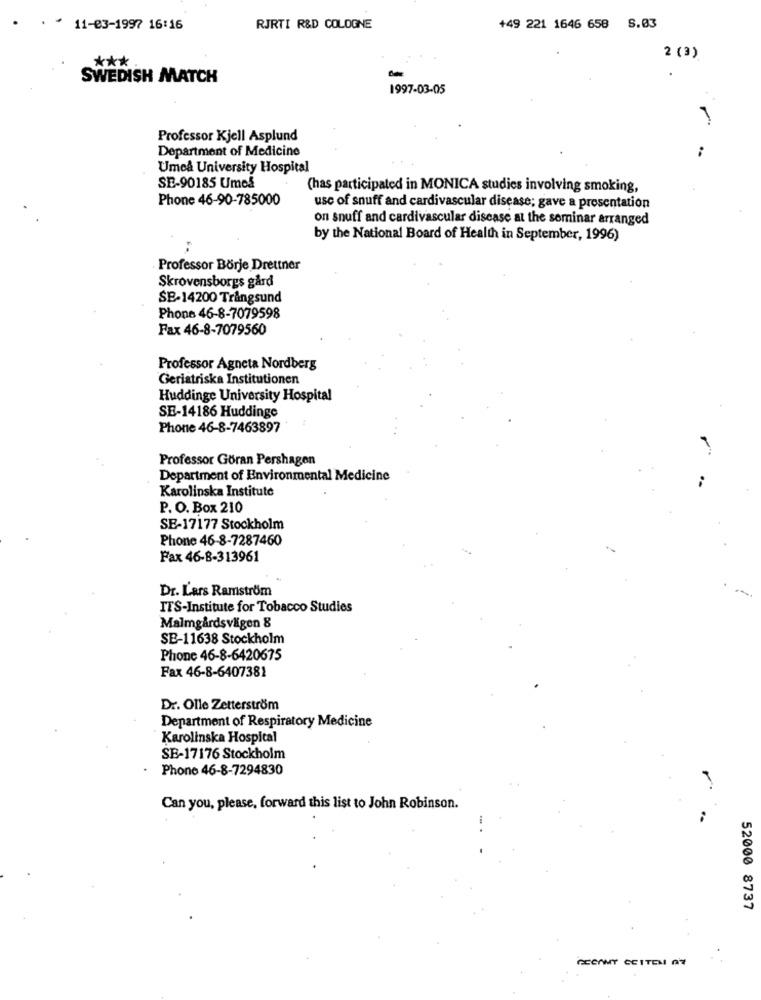
11-03-1997 16:16
RJRTI R&D COLOGNE
+49 221 1646 658 8.03
***
2 (3)
SWEDISH MATCH
1997-03-05
Professor Kjell Asplund
Department of Medicine
..
Umeå University Hospital
SE-90185 Ume&
(has participated in MONICA studies involving smoking,
Phone 46-90-785000
use of snuff and cardivascular disease; gave a presentation
on snuff and cardivascular disease at the seminar arranged
by the National Board of Health in September, 1996)
Professor Börje Drettner
Skrovensborgs gård
SE-14200 Tringsund
Phone 46-8-7079598
Fax 46-8-7079560
Professor Agneta Nordberg
Geriatriska Institutionen
Huddinge University Hospital
SE-14186 Huddinge
Phone 46-8-7463897
Professor Göran Pershagen
Department of Environmental Medicine
Karolinska Institute
P. O. Box 210
SE-17177 Stockholm
Phone 46-8-7287460
Fax 46-8-313961
Dr. L'ars Ramström
ITS-Institute for Tobacco Studies
Malmgårdsvägen 8
SB-11638 Stockholm
Phone 46-8-6420675
Fax 46-8-6407381
Dr. Olle Zetterström
Department of Respiratory Medicine
Karolinska Hospital
SB-17176 Stockholm
Phone 46-8-7294830
Can you, please, forward this list to John Robinson.
52000 8737
GECAMY CETTEM 27